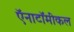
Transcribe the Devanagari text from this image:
ऍनाटॉमीकल